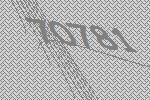
70781